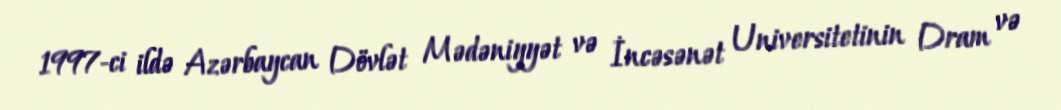
1997-ci ildə Azərbaycan Dövlət Mədəniyyət və İncəsənət Universitetinin Dram və